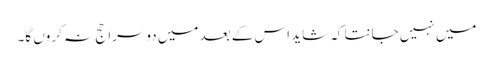
میں نہیں جانتا کہ شاید اس کے بعد میں دوسرا حج نہ کروں گا۔